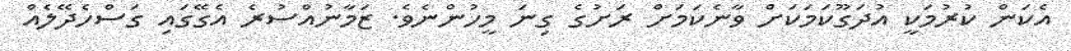
އެކަން ކުރުމަކީ އުދަގޫކަމަކަށް ވާނެކަމަށް ރަށުގެ ގިނަ މީހުންނެވެ. ޒަމާނުއްސުރެ އެގޭގައި ގަސްހެދޭލެއް